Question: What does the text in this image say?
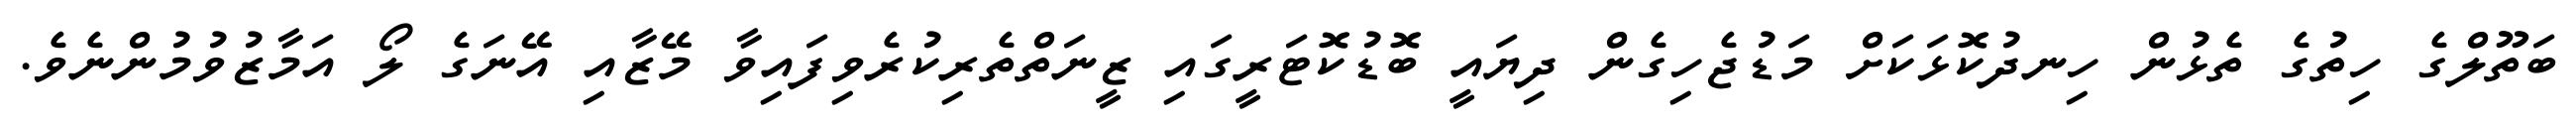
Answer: ބަތޫލްގެ ހިތުގެ ތެޅުން ހިނދުކޮޅަކަށް މަޑުޖެހިގެން ދިޔައީ ބޮޑުކޮޓަރީގައި ޒީނަތްތެރިކުރެވިފައިވާ މޭޒާއި އޭނަގެ ލޯ އަމާޒުވުމުންނެވެ.